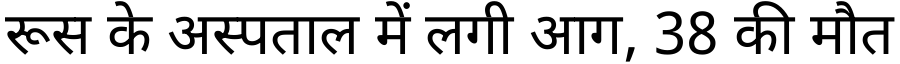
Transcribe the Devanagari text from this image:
रूस के अस्पताल में लगी आग, 38 की मौत